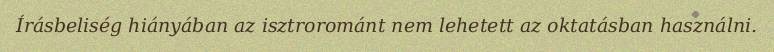
Írásbeliség hiányában az isztrorománt nem lehetett az oktatásban használni.